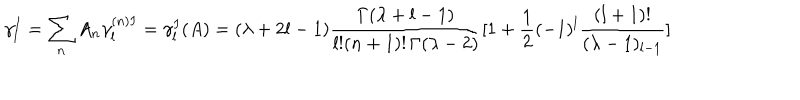
LaTeX: \gamma _ { l } ^ { I } = \sum _ { n } A _ { n } \gamma _ { l } ^ { ( n ) I } = \gamma _ { l } ^ { I } ( A ) = ( \lambda + 2 l - 1 ) \frac { \Gamma ( \lambda + l - 1 ) } { l ! ( n + 1 ) ! \, \Gamma ( \lambda - 2 ) } [ 1 + \frac { 1 } { 2 } ( - 1 ) ^ { l } \frac { ( l + 1 ) ! } { ( \lambda - 1 ) _ { l - 1 } } ]